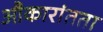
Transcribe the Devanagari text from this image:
औकारांतता